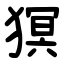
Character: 猽